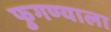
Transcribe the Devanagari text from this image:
फुगण्याला